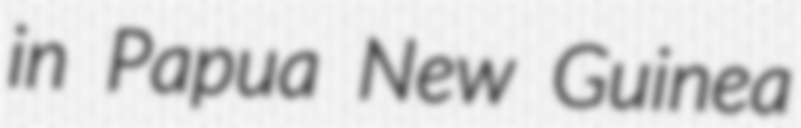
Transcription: in Papua New Guinea